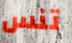
تنس